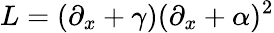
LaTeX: L=(\partial_{x}+\gamma)(\partial_{x}+\alpha)^{2}